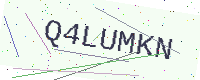
Text: Q4LUMKN